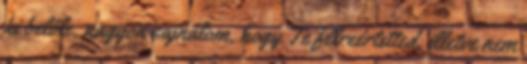
ki belőle, nagyon sajnálom, hogy Te félreértetted, illetve nem